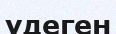
үдеген